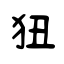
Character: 狃